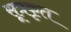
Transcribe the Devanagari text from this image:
सूत्रकृत